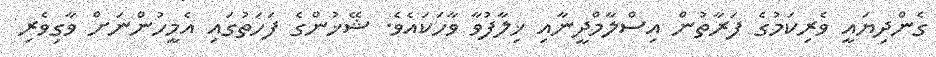
ގެންދިޔައީ ވެރިކަމުގެ ފަރާތުން އިސްލާމްދީނާއި ޚިލާފުވާ ވާހަކައެވެ. ޝޭޚުންގެ ފަހަތުގައި އެމީހުންނަށް ވާގިވެރި